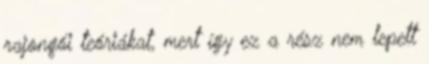
rajongói teóriákat, mert így ez a rész nem lepett